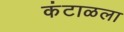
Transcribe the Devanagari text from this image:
कंटाळला